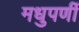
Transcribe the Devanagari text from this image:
मधुपर्णी